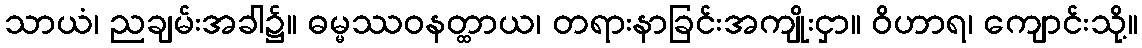
သာယံ၊ ညချမ်းအခါ၌။ ဓမ္မဿဝနတ္ထာယ၊ တရားနာခြင်းအကျိုးငှာ။ ဝိဟာရ၊ ကျောင်းသို့။